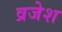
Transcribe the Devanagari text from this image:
व्रजेश